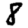
Digit: 8